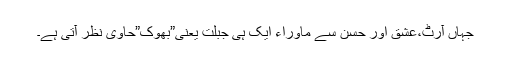
جہاں آرٹ،عشق اور حسن سے ماوراء ایک ہی جبلت یعنی”بھوک”حاوی نظر آتی ہے۔